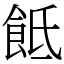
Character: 䬫